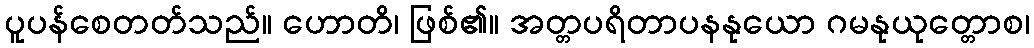
ပူပန်စေတတ်သည်။ ဟောတိ၊ ဖြစ်၏။ အတ္တပရိတာပနနုယော ဂမနုယုတ္တောစ၊